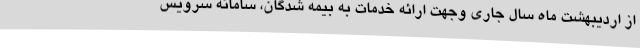
از اردیبهشت ماه سال جاری وجهت ارائه خدمات به بیمه شدگان، سامانه سرویس